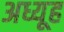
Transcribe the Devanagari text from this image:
अध्यूह